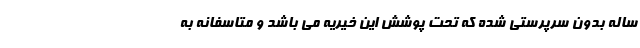
ساله بدون سرپرستی شده که تحت پوشش این خیریه می باشد و متاسفانه به